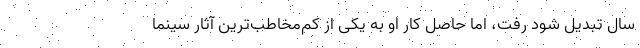
سال تبدیل شود رفت، اما حاصل کار او به یکی از کم‌مخاطب‌ترین آثار سینما